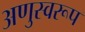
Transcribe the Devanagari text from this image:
अणुस्वरूप